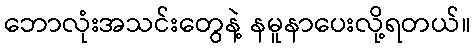
ဘောလုံးအသင်းတွေနဲ့ နမူနာပေးလို့ရတယ်။